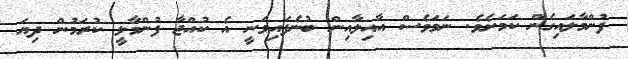
ފުންމާލައިގެން ކަމަށެވެ. ނަމަވެސް އާއިލާއިން ބުނެފައިވަނީ އެ ކުއްޖާ ފުންމާލީ ކުރަމުން ދިޔަ